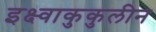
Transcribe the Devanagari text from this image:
इक्ष्वाकुकुलीन